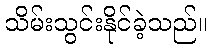
သိမ်းသွင်းနိုင်ခဲ့သည်။